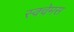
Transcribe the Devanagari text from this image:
स्क्वेमस